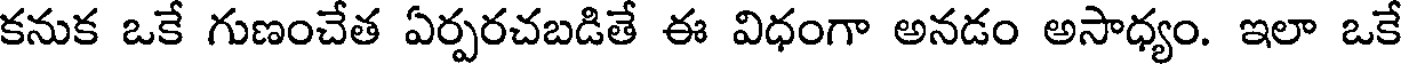
కనుక ఒకే గుణంచేత ఏర్పరచబడితే ఈ విధంగా అనడం అసాధ్యం. ఇలా ఒకే